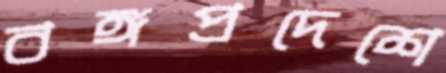
বঙ্গপ্রদেশে